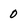
Character: 0